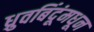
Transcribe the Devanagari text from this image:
ध्रुवबिंदूंमधून